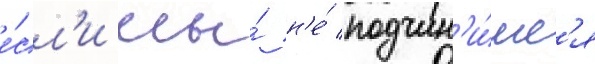
е́сл'и мы́ н'е́ подчин'и́мс'я